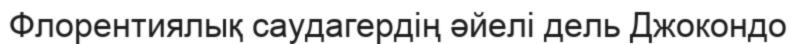
Флорентиялық саудагердің әйелі дель Джокондо